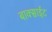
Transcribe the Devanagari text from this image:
बाक्साईट